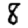
Digit: 8